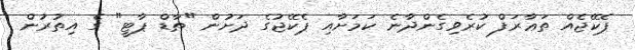
ޕެކޭޖެއް ތަޢާރަފް ކުރެވިގެންދާނެ ކަމަށާއި ޕެކޭޖުގެ ދަށުން "ތާޑް ޕާޓީ" ގެ އިތުރުން